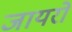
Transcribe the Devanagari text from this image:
जायरो